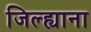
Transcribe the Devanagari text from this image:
जिल्ह्याना